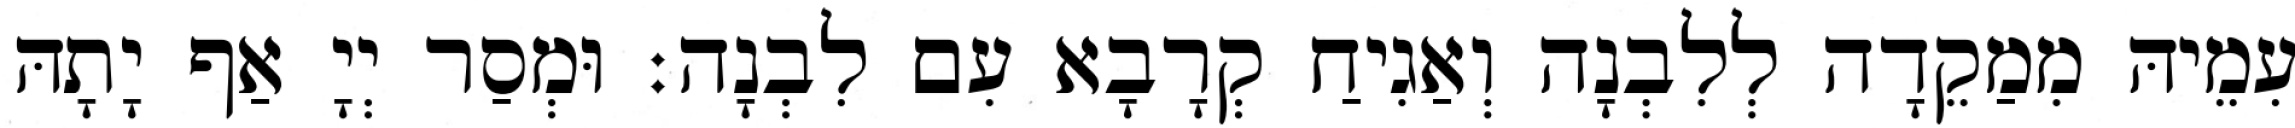
עִמֵיהּ מִמַקֵדָה לְלִבְנָה וְאַגִיחַ קְרָבָא עִם לִבְנָה׃ וּמְסַר יְיָ אַף יָתָהּ